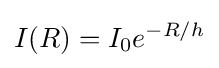
I(R)=I_{0}e^{-R/h}